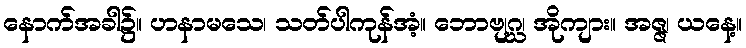
နောက်အခါ၌။ ဟနာမသေ၊ သတ်ပါကုန်အံ့။ ဘောဗျဂ္ဃ၊ အိုကျား။ အဇ္ဇ၊ ယနေ့။